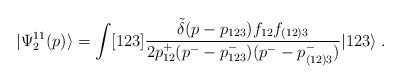
LaTeX: \begin{align*}|\Psi_2^{11}(p) \rangle = \int [123] \frac{\tilde{\delta}(p -p_{123})f_{12}f_{(12)3}} {2p^+_{12}(p^- - p^-_{123})(p^- -p^-_{(12)3})} |123\rangle \; .\end{align*}